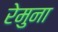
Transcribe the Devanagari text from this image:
रेमुना